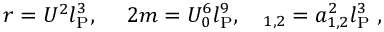
r = U ^ { 2 } l _ { \mathrm { P } } ^ { 3 } , \ \ \ \ 2 m = U _ { 0 } ^ { 6 } l _ { \mathrm { P } } ^ { 9 } , \ \ \ \l _ { 1 , 2 } = a _ { 1 , 2 } ^ { 2 } l _ { \mathrm { P } } ^ { 3 } \ ,